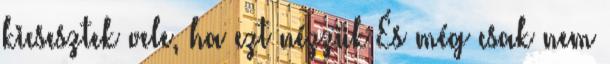
kicsesztek vele, ha ezt nézzük És még csak nem